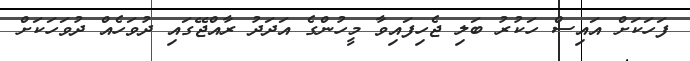
ފަހަކަށް އައިސް ހަކުރު ބަލި ޖެހިފައިވާ މީހުންގެ އަދަދު ރާއްޖޭގައި ދުވަހެއް ދުވަހަކަށް